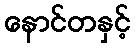
နောင်တနှင့်